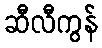
ဆီလီကွန်